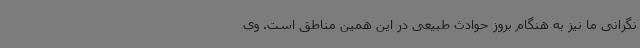
نگرانی ما نیز به هنگام بروز حوادث طبیعی در این همین مناطق است. وی